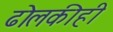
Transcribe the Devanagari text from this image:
ढोलकीही